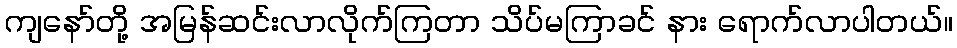
ကျနော်တို့ အမြန်ဆင်းလာလိုက်ကြတာ သိပ်မကြာခင် နား ရောက်လာပါတယ်။